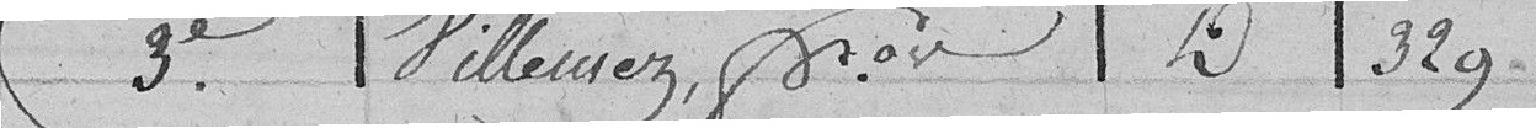
3e Hillewez,  329